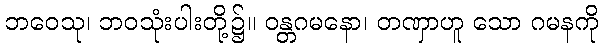
ဘဝေသု၊ ဘဝသုံးပါးတို့၌။ ဝန္တဂမနော၊ တဏှာဟူ သော ဂမနကို